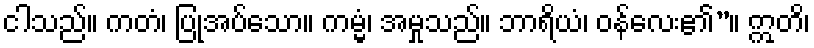
ငါသည်။ ကတံ၊ ပြုအပ်သော။ ကမ္မံ၊ အမှုသည်။ ဘာရိယံ၊ ဝန်လေး၏”။ ဣတိ၊